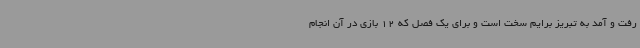
رفت و آمد به تبریز برایم سخت است و برای یک فصل که 12 بازی در آن انجام